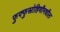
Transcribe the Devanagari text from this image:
फुफ्फुस्रोहिणीमधील